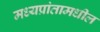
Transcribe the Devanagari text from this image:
मध्यप्रांतामधील